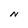
Character: N